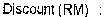
DISCOUNT (RM) :